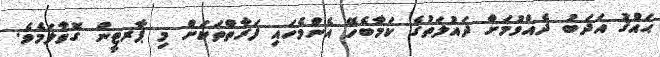
ޙައްޤު އަދަބު ދެއްވުމަށް ދައުލަތުގެ ކަމާބެހޭ އެންމެހައި ފަރާތްތަކަށް މި ޕާރޓީން ގޮވާލަމެވެ.